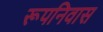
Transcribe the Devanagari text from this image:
रूपनिवास